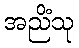
အညိံသု